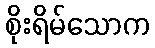
စိုးရိမ်သောက